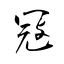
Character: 冦